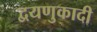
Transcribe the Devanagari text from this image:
द्वयणुकादी